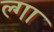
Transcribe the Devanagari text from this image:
ल्गा